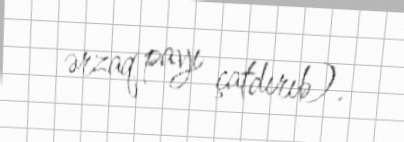
ərzaq payı çatdırıb).